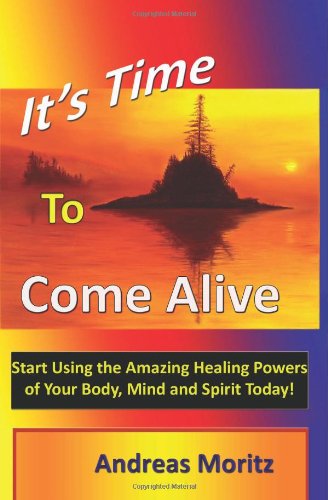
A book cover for It's Time to Come Alive; Andreas Moritz; Religion & Spirituality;